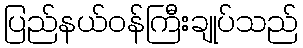
ပြည်နယ်ဝန်ကြီးချုပ်သည်